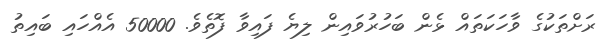
ރަށްތަކުގެ ވާހަކަތައް ޅެން ބަހުރުވައިން ލިޔެ ފައިވާ ފޮތެވެ. 50000 އެއްހައި ބައިތު